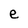
Character: e